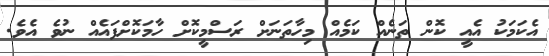
އެކަމަކު އެއީ ކޮން ތަނެއް ކަމެއް މިހާތަނަަށް ރަސްމީކޮށް ހާމަކޮށްފައެއް ނުވެ އެވެ.